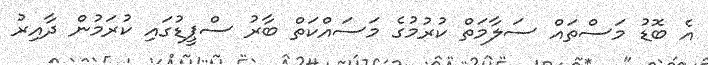
އެ ބޮޑު މަސްތައް ސަލާމަތް ކުރުމުގެ މަސައްކަތް ބާރު ސްޕީޑުގައި ކުރަމުން ދާއިރު